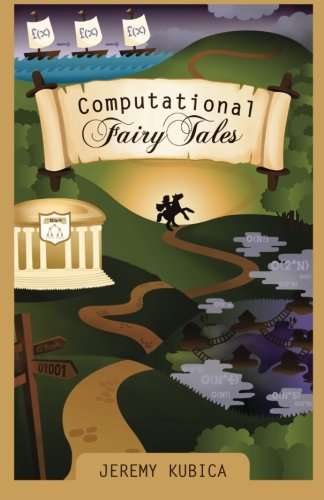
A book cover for Computational Fairy Tales; Jeremy Kubica; Children's Books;